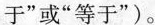
于”或”等于”)。